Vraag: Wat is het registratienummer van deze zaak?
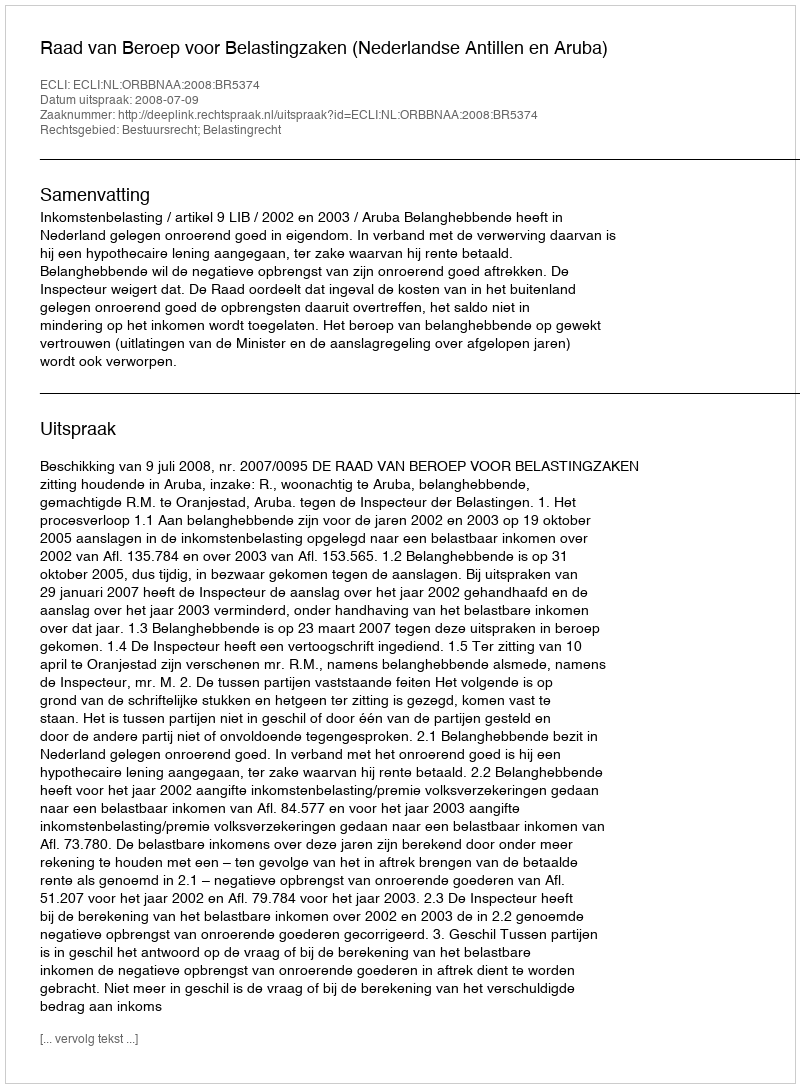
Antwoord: http://deeplink.rechtspraak.nl/uitspraak?id=ECLI:NL:ORBBNAA:2008:BR5374